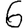
Digit: 6